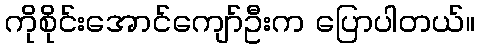
ကိုစိုင်းအောင်ကျော်ဦးက ပြောပါတယ်။